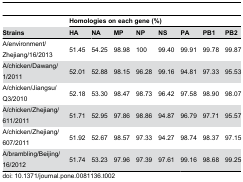
<table><thead><tr><td></td><td colspan="8"><b>Homologies on each gene (%)</b></td></tr><tr><td><b>Strains</b></td><td><b>HA</b></td><td><b>NA</b></td><td><b>MP</b></td><td><b>NP</b></td><td><b>NS</b></td><td><b>PA</b></td><td><b>PB1</b></td><td><b>PB2</b></td></tr></thead><tbody><tr><td>A/environment/Zhejiang/16/2013</td><td>51.45</td><td>54.25</td><td>98.98</td><td>100</td><td>99.40</td><td>99.91</td><td>99.78</td><td>99.87</td></tr><tr><td>A/chicken/Dawang/1/2011</td><td>52.01</td><td>52.88</td><td>98.15</td><td>96.28</td><td>99.16</td><td>94.81</td><td>97.33</td><td>95.53</td></tr><tr><td>A/chicken/Jiangsu/Q3/2010</td><td>52.18</td><td>53.30</td><td>98.47</td><td>98.73</td><td>96.42</td><td>97.58</td><td>98.90</td><td>98.07</td></tr><tr><td>A/chicken/Zhejiang/611/2011</td><td>51.71</td><td>52.95</td><td>97.86</td><td>98.86</td><td>94.87</td><td>96.79</td><td>97.71</td><td>95.57</td></tr><tr><td>A/chicken/Zhejiang/607/2011</td><td>51.92</td><td>52.67</td><td>98.57</td><td>97.33</td><td>94.27</td><td>98.74</td><td>98.37</td><td>97.15</td></tr><tr><td>A/brambling/Beijing/16/2012</td><td>51.74</td><td>53.23</td><td>97.96</td><td>97.39</td><td>97.61</td><td>99.16</td><td>98.68</td><td>99.25</td></tr></tbody></table>